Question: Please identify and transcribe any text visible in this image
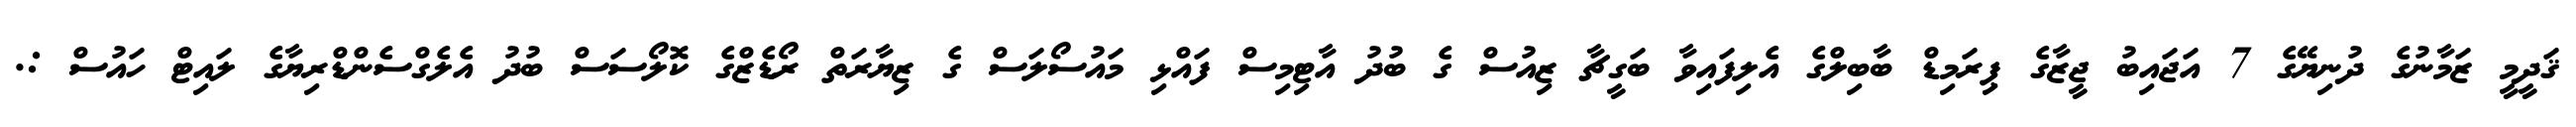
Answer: ޤަދީމީ ޒަމާނުގެ ދުނިޔޭގެ 7 އަޖައިބު ޖީޒާގެ ޕިރަމިޑް ބާބިލްގެ އެލިފައިވާ ބަގީޗާ ޒިއުސް ގެ ބުދު އާޓިމިސް ފައްޅި މައުސޯލަސް ގެ ޒިޔާރަތް ރޯޑެޒްގެ ކޮލޯސަސް ބުދު އެލެގްސެންޑްރިޔާގެ ލައިޓް ހައުސް :.